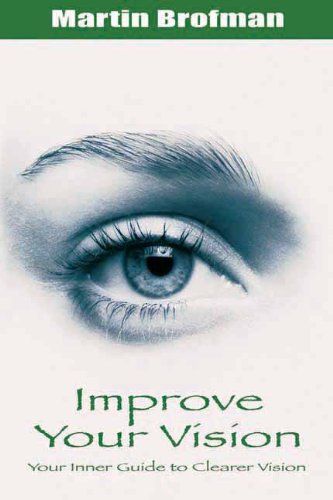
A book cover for Improve Your Vision; Martin Brofman; Health, Fitness & Dieting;